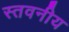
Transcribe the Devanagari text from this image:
स्तवनीय